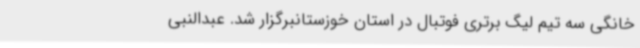
خانگی سه تیم لیگ برتری فوتبال در استان خوزستانبرگزار شد. عبدالنبی